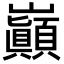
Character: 巓